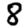
Digit: 8